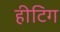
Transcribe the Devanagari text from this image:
हीटिग